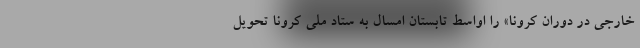
خارجی در دوران کرونا» را اواسط تابستان امسال به ستاد ملی کرونا تحویل